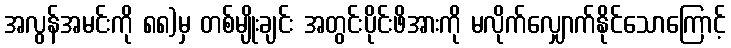
အလွန်အမင်းကို ၈၈)မှ တစ်မျိုးချင်း အတွင်းပိုင်းဖိအားကို မလိုက်လျှောက်နိုင်သောကြောင့်